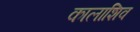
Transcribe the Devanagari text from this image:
कालाशिव